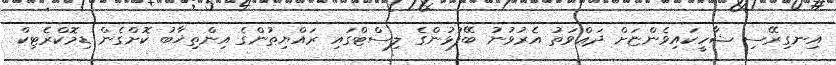
އިނގިރޭސި ޝާހީކައިވެންޏަށް ދަޢްވަތު އެރުވުނު ބޭފުޅުންގެ ލިސްޓްގައި ރައްޔިތުންގެ އިންތިޚާބު ކޮށްގެން ޑިމޮކްރެޓިކް